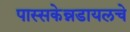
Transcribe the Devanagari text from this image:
पास्सकेन्नडायलचे